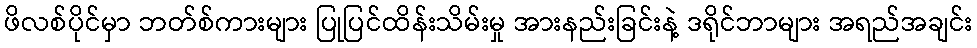
ဖိလစ်ပိုင်မှာ ဘတ်စ်ကားများ ပြုပြင်ထိန်းသိမ်းမှု အားနည်းခြင်းနဲ့ ဒရိုင်ဘာများ အရည်အချင်း